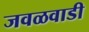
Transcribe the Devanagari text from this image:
जवळवाडी